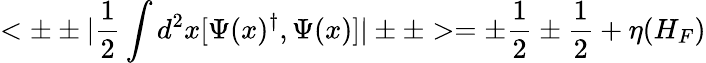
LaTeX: <\pm\pm|{\frac{1}{2}}\int d^{2}x[\Psi(x)^{\dagger},\Psi(x)]|\pm\pm>=\pm{\frac{1}{2}}\pm{\frac{1}{2}}+\eta(H_{F})